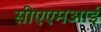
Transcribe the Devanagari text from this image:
सीएएमआई